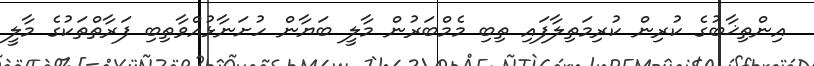
އިންތިޚާބުގެ ކުރިން ކުރިމަތިލާފައި ތިބި މެމްބަރުން މާލީ ބަޔާން ހުށަނާޅުއްވާތިބި ފަރާތްތަކުގެ މާލީ